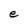
Character: e